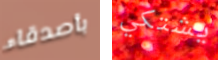
بأصدقاء يشتكي